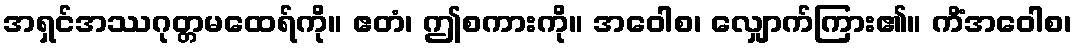
အရှင်အဿဂုတ္တမထေရ်ကို။ ဧတံ၊ ဤစကားကို။ အဝေါစ၊ လျှောက်ကြား၏။ ကိံအဝေါစ၊